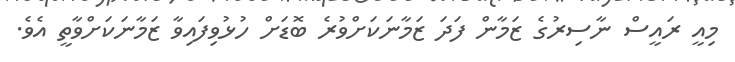
މިއީ ރައީސް ނާސިރުގެ ޒަމާން ފަދަ ޒަމާނަކަށްވުރެ ބޮޑަށް ހުޅުވިފައިވާ ޒަމާނަކަށްވާތީ އެވެ.